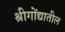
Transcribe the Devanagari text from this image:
श्रीगोंद्यातील